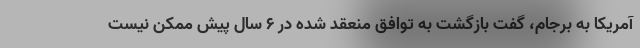
آمریکا به برجام، گفت بازگشت به توافق منعقد شده در 6 سال پیش ممکن نیست